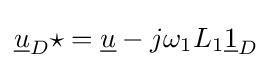
{\underline {u}}_{D}\star ={\underline {u}}-j\omega _{1}L_{1}{\underline {1}}_{D}